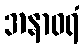
အနာဝရံ